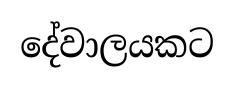
දේවාලයකට